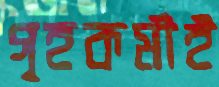
গৃহকর্মীই